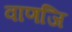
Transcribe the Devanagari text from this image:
वाणजि